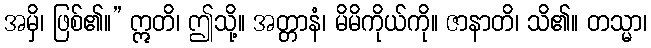
အမှိ၊ ဖြစ်၏။” ဣတိ၊ ဤသို့။ အတ္တာနံ၊ မိမိကိုယ်ကို။ ဇာနာတိ၊ သိ၏။ တသ္မာ၊